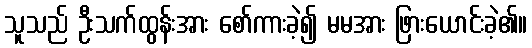
သူသည် ဦးသက်ထွန်းအား စော်ကားခဲ့၍ မမအား ဖြားယောင်းခဲ့၏။